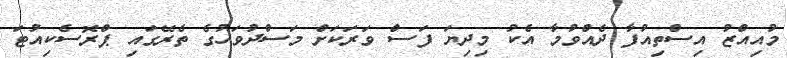
މުއިއްޒު އިސްތިއުފާ ދެއްވުމާ އެކު މިދިޔަ ފަސް ވަރަކަށް މަސްދުވަހުގެ ތެރޭގައި ޕްރޮސެކިއުޓަ